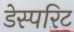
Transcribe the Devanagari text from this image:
डेस्परिट